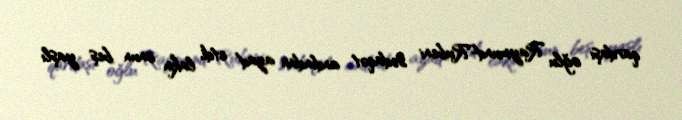
qardaşı oğlu Raymund-Rubeni sədaqət andından azad etdi, lakin onun beş yaşlı